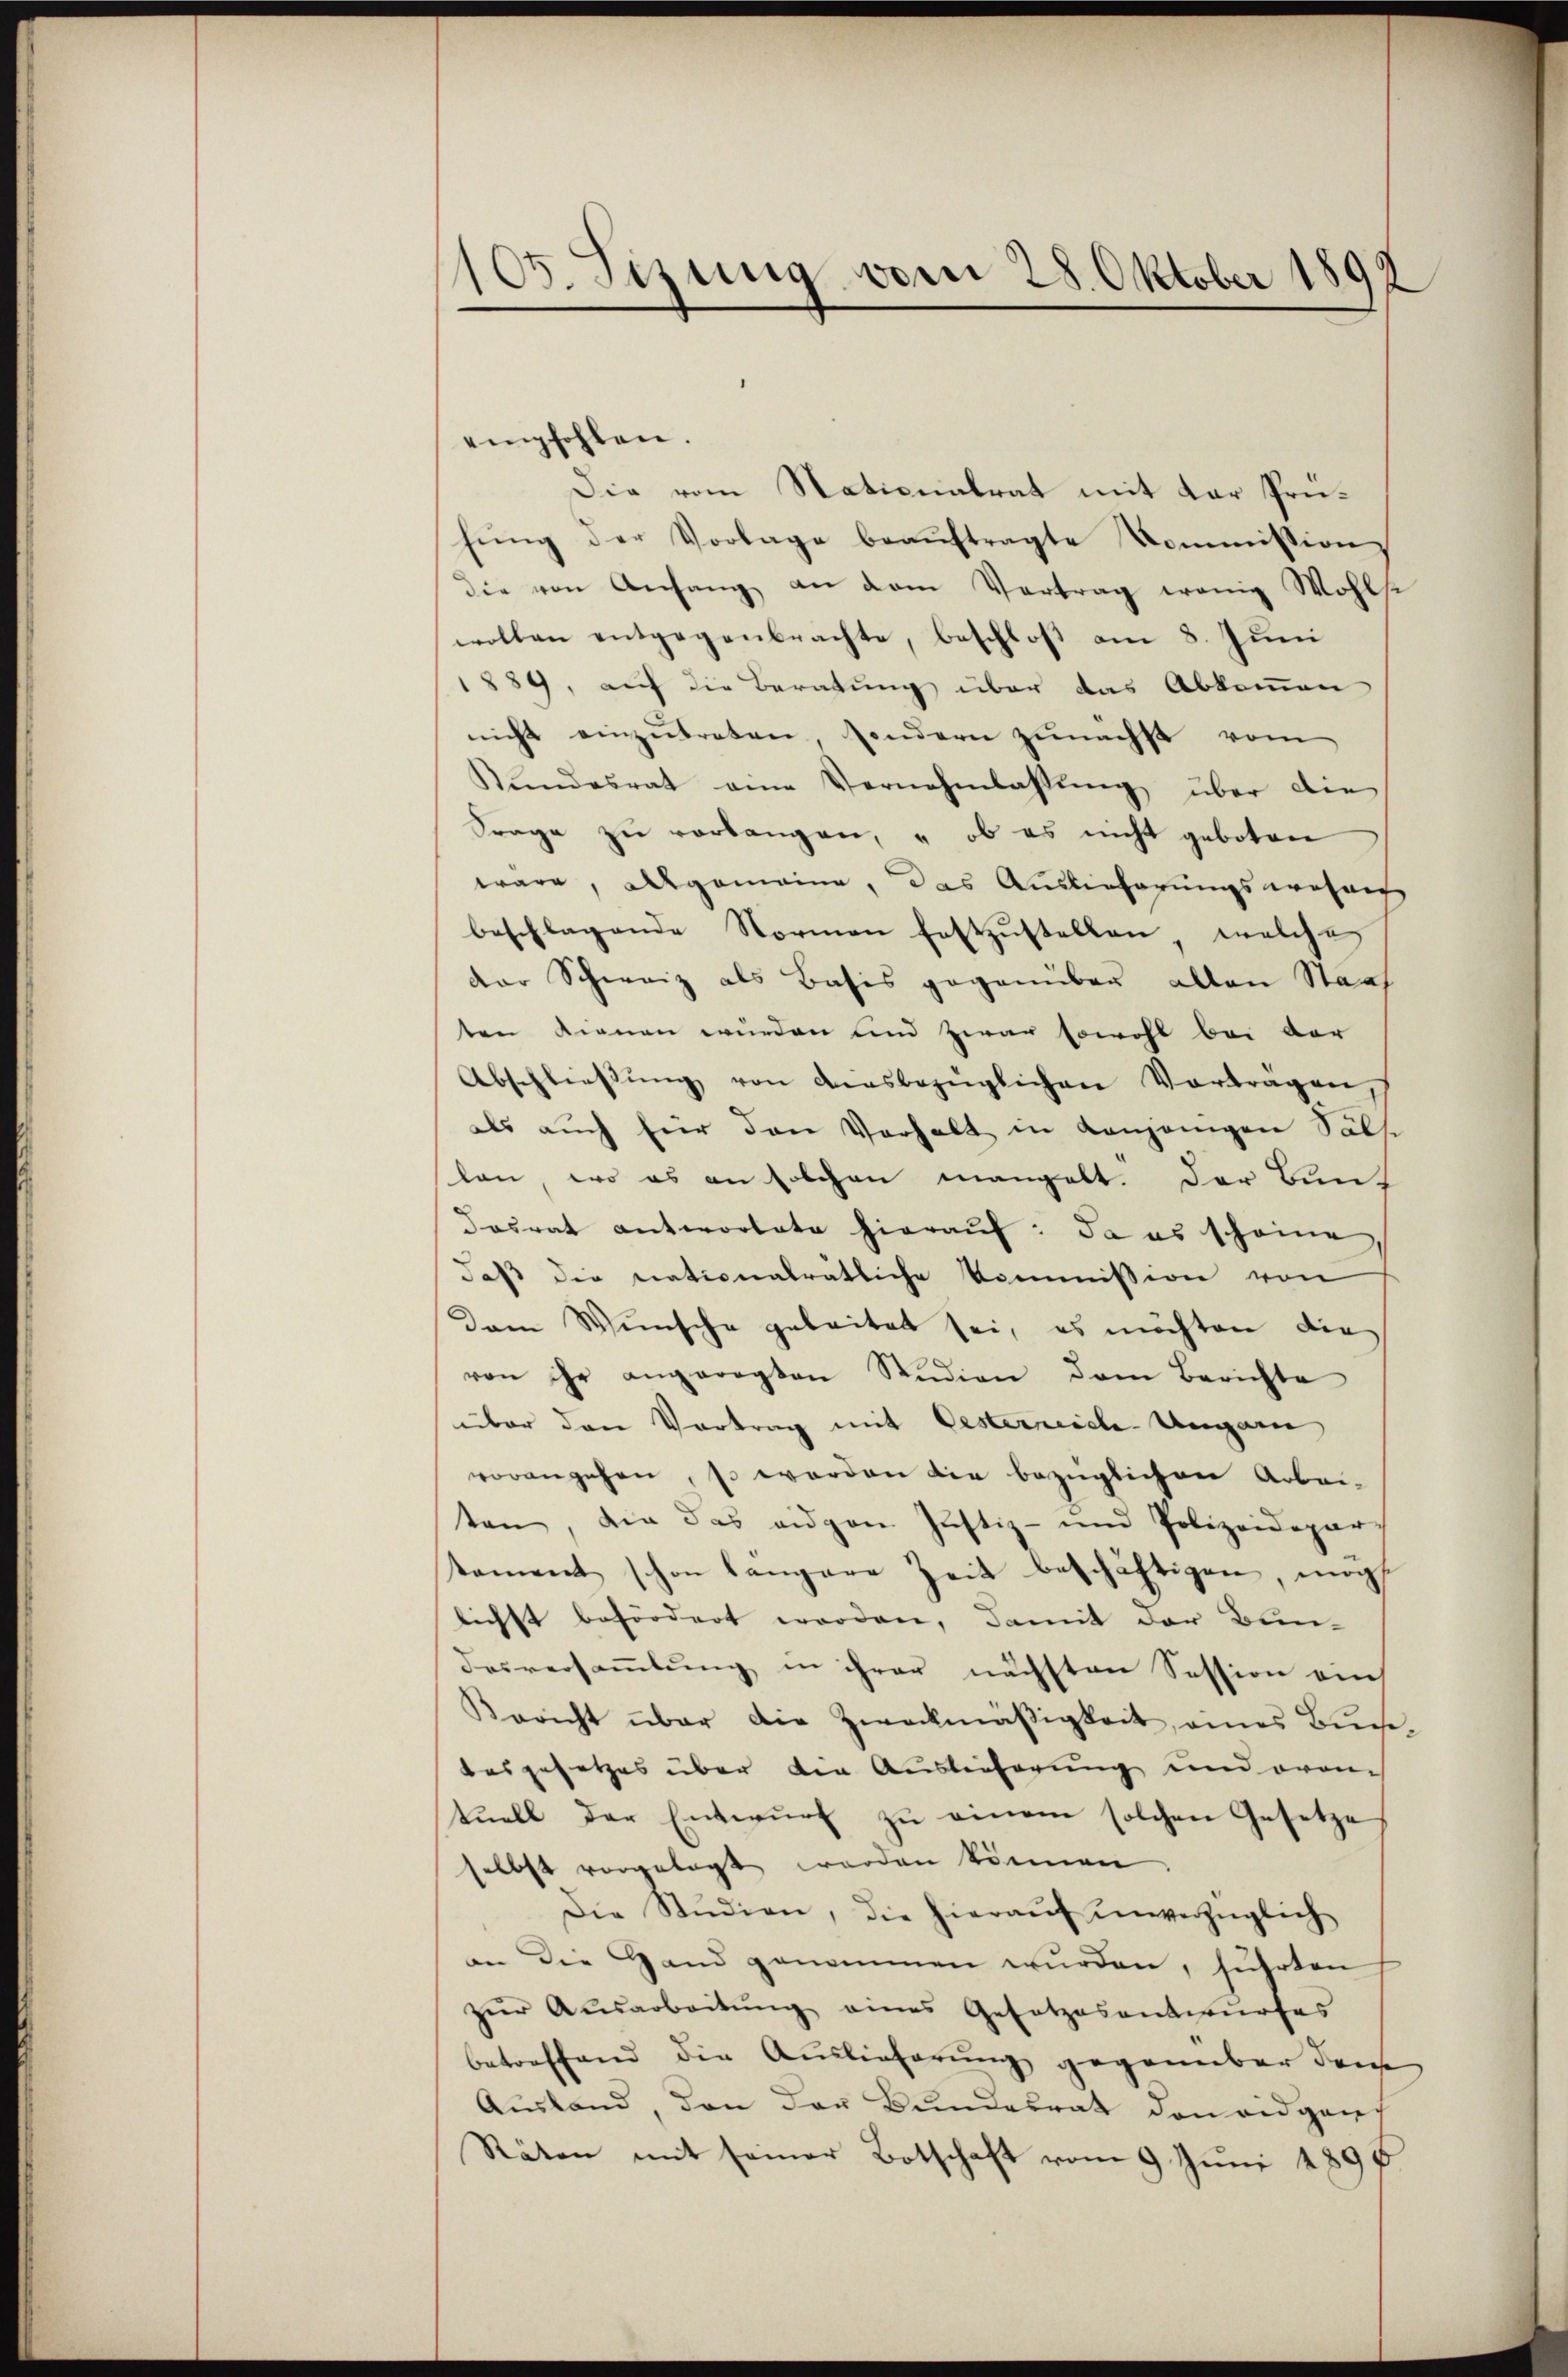
105. Sizung vom 28. Oktober 1892

empfohlen.
Die vom Nationalrat mit der Prühŭng der Vorlage beaŭftragte kommission
die von Anfang an dem Vertrag wenig Wohlse
wollen entgegenbrachte, beschloß am 8. Juni
1889, auf die Beratung über das Abkommen
nicht einzŭtreten, sondern zunächst vom
Stŭndesrat eine Vernehmlassŭng über die
Frage zŭ verlangen, ob es nicht geboten
wäre, allgemeine, das Auslieferungswohne
beschlagende Normen festzŭstellen, welche
der Schweiz als Basis gegenüber allen Staat
ten dienen wurden und zwar sowohl bei der
Abschlieβŭng von ausbezüglichen Vortragen
als auch für den Verhalt in denjenigen Salse
lan, wo es an solchen mangelt. Der Bun¬
Dasrat antwortete hierauf: da es scheine
daß die nationalrätliche Kommission von
dam Wunsche geleitet sei, es möchten die
von ihr angeregten Studien dem Berichte
über den Vortrag mit Oesterreiche Ungarn
vorangehen, so werden die bezüglichen Arbei-
ten, die das eigen Justiz- und Polizeidepar-
tament schon längere Zeit beschäftigen, mög
lichst befördert worden, damit der Bun-
desversammlung in ihrer nächsten Session ein
Bericht über die Zweckmäßigkeit, eines Buche,
desgesetzes über den Auslieferung und ora
tuell der Entwurf zu einem solchen Gesetzes
selbst vorgelegt worden können
Die Studien, die hieraŭf ŭnverzüglich
an die Hand genommen wurden, führten
zŭr Aŭsarbeitŭng eines Gesetzesentwurfes
betreffend die Auslieferung gegenüber den
Ausland, den der Bundesrat den eidgen
Räten mit seiner Botschaft vom 9. Juni 1890.